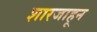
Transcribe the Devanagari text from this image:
शारजाहून